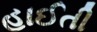
હાઈતી